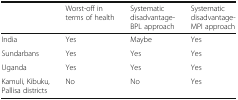
<table><thead><tr><td></td><td><b>Worst-off in terms of health</b></td><td><b>Systematic disadvantage- BPL approach</b></td><td><b>Systematic disadvantage- MPI approach</b></td></tr></thead><tbody><tr><td>India</td><td>Yes</td><td>Maybe</td><td>Yes</td></tr><tr><td>Sundarbans</td><td>Yes</td><td>Yes</td><td>Yes</td></tr><tr><td>Uganda</td><td>Yes</td><td>Yes</td><td>Yes</td></tr><tr><td>Kamuli, Kibuku, Pallisa districts</td><td>No</td><td>No</td><td>Yes</td></tr></tbody></table>